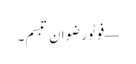
— فوٹو رضوان تبسم۔